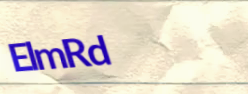
ElmRd